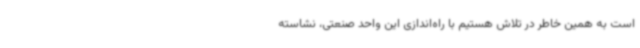
است به همین خاطر در تلاش هستیم با راه‌اندازی این واحد صنعتی، نشاسته